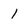
Character: 1